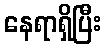
နေရာရှိပြီး